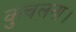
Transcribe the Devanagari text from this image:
कुचलना।